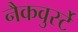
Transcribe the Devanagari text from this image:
नैकवुर्स्टे